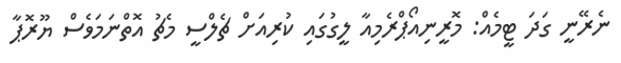
ނެރޭނީ ގަދަ ޓީމެއް: މޮރީނިއޯޕްރެމިއާ ލީގުގައި ކުރިއަށް ޗެލްސީ މެޗު އޮތްނަމަވެސް ޔޫރޮޕާ